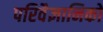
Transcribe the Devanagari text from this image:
परिवैज्ञानिकों